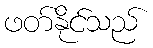
ဖတ်နိုင်သည်